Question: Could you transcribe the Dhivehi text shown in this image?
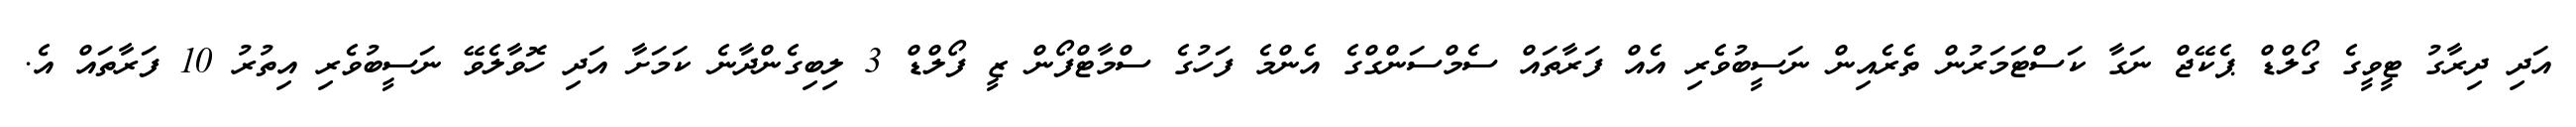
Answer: އަދި ދިރާގު ޓީވީގެ ގޯލްޑް ޕެކޭޖް ނަގާ ކަސްޓަމަރުން ތެރެއިން ނަސީބުވެރި އެއް ފަރާތައް ސެމްސަންގްގެ އެންމެ ފަހުގެ ސްމާޓްފޯން ޒީ ފޯލްޑް 3 ލިބިގެންދާނެ ކަމަށާ އަދި ހޮވާލެވޭ ނަސީބުވެރި އިތުރު 10 ފަރާތައް އެ.